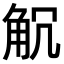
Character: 𧣍